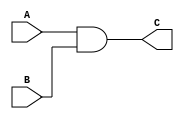
module my_and(C,A,B); 
    output C;
    input A,B;
    wire W1;
    nand input_nand(W1,A,B);
    nand output_nand(C,W1,W1);
endmodule